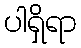
ပါရှိရာ